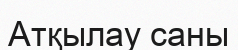
Атқылау саны